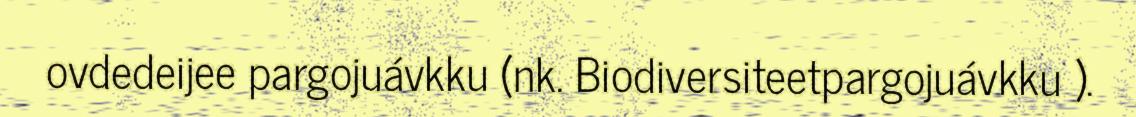
ovdedeijee pargojuávkku (nk. Biodiversiteetpargojuávkku ).